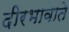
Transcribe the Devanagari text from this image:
दीरभावाते